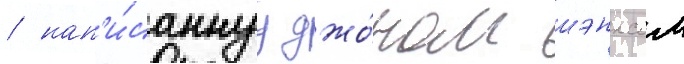
/ нап'и́саннуу джо́ном шэнксом